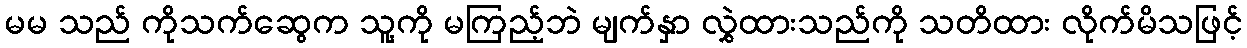
မမ သည် ကိုသက်ဆွေက သူ့ကို မကြည့်ဘဲ မျက်နှာ လွှဲထားသည်ကို သတိထား လိုက်မိသဖြင့်